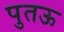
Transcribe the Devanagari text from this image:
पुतऊ